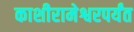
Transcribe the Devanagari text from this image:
काशीरामेश्वरपर्यंत